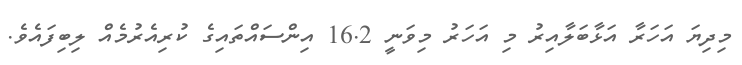
މިދިޔަ އަހަރާ އަޅާބަލާއިރު މި އަހަރު މިވަނީ 16.2 އިންސައްތައިގެ ކުރިއެރުމެއް ލިބިފައެވެ.